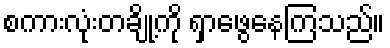
စကားလုံးတချို့ကို ရှာဖွေနေကြသည်။